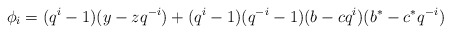
\begin{align*}\phi_i = (q^i-1)(y-zq^{-i}) + (q^i-1)(q^{-i}-1)(b-cq^{i})(b^*-c^*q^{-i})\end{align*}